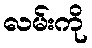
လမ်းကို